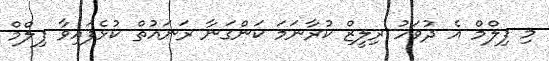
މި ފިލްމް އެ ދުވަހު ރިލީޒް ކުރާނަމަ ކަންގަނާ ރަނައުތް ކުޅެފައިވާ ފިލްމް